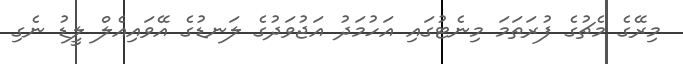
މިރޭގެ މެޗުގެ ފުރަތަމަ މިނެޓުގައި އަހުމަދު އަޖުވަދުގެ ލަނޑުގެ އޭވައިއެލް ލީޑު ނެގި